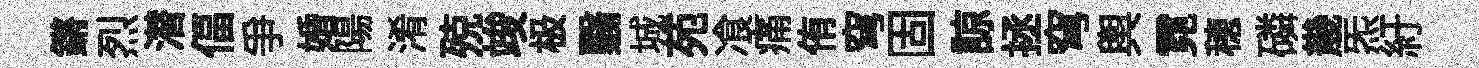
鏘烈潜偪争婚陽淆殑竣极翳城苑飡痛侑穹固諒拯穹輿霓穂磷㡬炁紆